Annual vaccination report of Bihar and Orissa - 1911-1928
Year: 1911
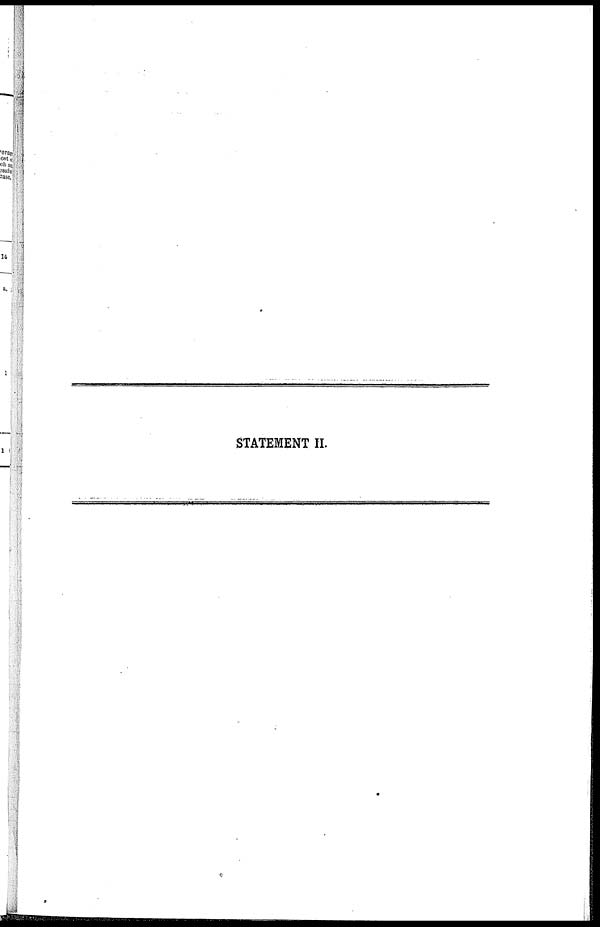
STATEMENT II.